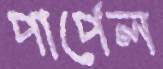
পার্পেল